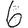
Digit: 6